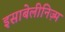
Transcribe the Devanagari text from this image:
इसाबेलीनिज़्म